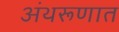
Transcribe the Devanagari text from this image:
अंथरूणात